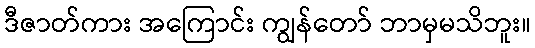
ဒီဇာတ်ကား အကြောင်း ကျွန်တော် ဘာမှမသိဘူး။